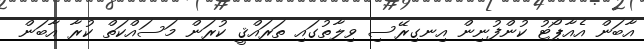
އާބަން އެއާޕޯޓު ކުންފުނިން އިނގިރޭސި ވިލާތުގައި ތަރައްޤީ ކުރަން މަސައްކަތް ކުރާ އާބަން